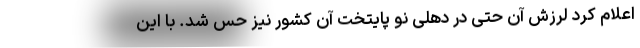
اعلام کرد لرزش آن حتی در دهلی نو پایتخت آن کشور نیز حس شد. با این